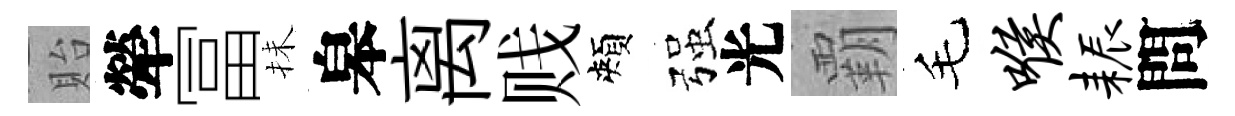
貽犖冨抺皋离贱頰强光覇毛喉耨問